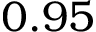
0 . 9 5